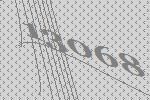
13068